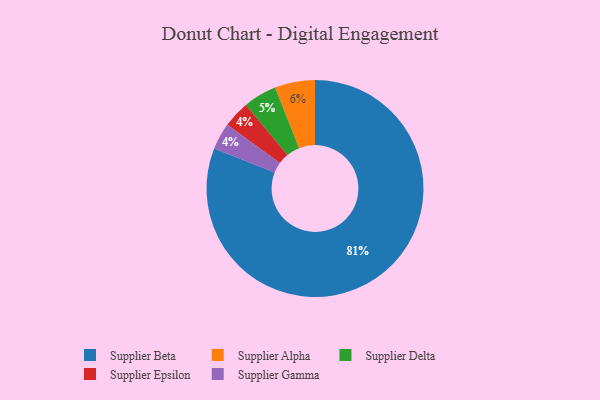
{"axis": {"x": "Category", "y": "Percentage"}, "legend": ["Supplier Alpha", "Supplier Beta", "Supplier Delta", "Supplier Epsilon", "Supplier Gamma"], "data": [{"x": "Supplier Delta", "y": 5, "type": "Supplier Delta"}, {"x": "Supplier Epsilon", "y": 4, "type": "Supplier Epsilon"}, {"x": "Supplier Gamma", "y": 4, "type": "Supplier Gamma"}, {"x": "Supplier Beta", "y": 81, "type": "Supplier Beta"}, {"x": "Supplier Alpha", "y": 6, "type": "Supplier Alpha"}]}